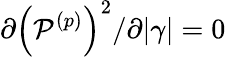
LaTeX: \partial\left(\mathcal{P}^{(p)}\right)^{2}/\partial|\gamma|=0